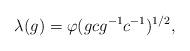
LaTeX: \begin{align*} \lambda(g) = \varphi(g{c}g^{-1} {c}^{-1})^{1/2}, \end{align*}